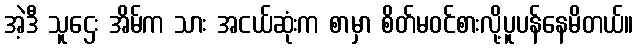
အဲ့ဒီ သူဌေး အိမ်က သား အငယ်ဆုံးက စာမှာ စိတ်မဝင်စားလို့ပူပန်နေမိတယ်။